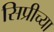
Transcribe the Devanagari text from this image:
सिप्रीच्या